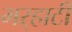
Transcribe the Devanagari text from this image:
मर्‍हाटी